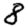
Digit: 8